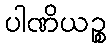
ပါဏိယဉ္စ